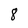
Character: 8